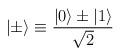
LaTeX: \begin{align*}|\pm\rangle \equiv { |0\rangle \pm |1\rangle \over \sqrt{2} }\end{align*}